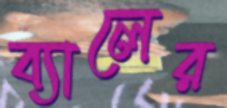
ব্যালের